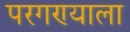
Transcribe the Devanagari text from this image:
परगण्याला